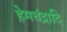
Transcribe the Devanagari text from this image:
हेमचंद्रादि